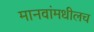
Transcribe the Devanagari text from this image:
मानवांमधीलच